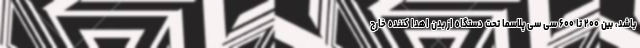
باشد، بین ۲۰۰ تا ۶۰۰ سی سی پلاسما تحت دستگاه از بدن اهدا کننده خارج